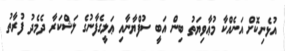
އުޅެނިކޮށް އަނެއްކާ މުޢާވިޔަތު ބިން އަބީ ސުފްޔާނާއި ޢަލީގެފާނުގެ ލަޝްކަރާ ދެމެދު ފުރާތު